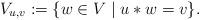
LaTeX: \begin{align*}V_{u,v} := \{ w \in V \mid u * w = v \}. \end{align*}